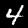
Label: 4